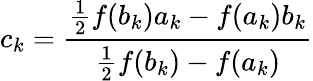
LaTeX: c_{k}={\frac{{\frac{1}{2}}f(b_{k})a_{k}-f(a_{k})b_{k}}{{\frac{1}{2}}f(b_{k})-f(a_{k})}}